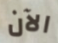
الآن